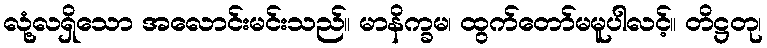
လုံ့လရှိသော အလောင်းမင်းသည်။ မာနိက္ခမ၊ ထွက်တော်မမူပါလင့်။ တိဋ္ဌတု၊